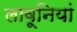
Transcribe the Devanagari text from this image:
लावूनियां